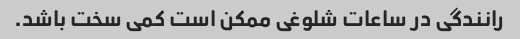
رانندگی در ساعات شلوغی ممکن است کمی سخت باشد.